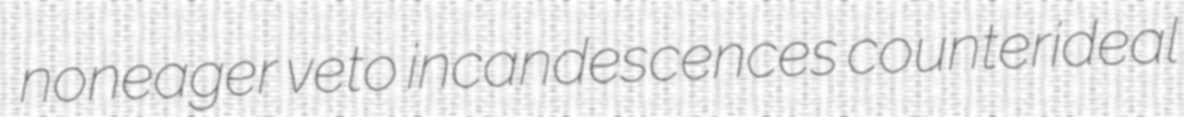
noneager veto incandescences counterideal